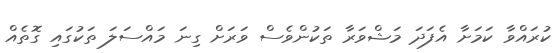
ކުރައްވާ ކަމަށާ އެފަދަ މަޝްވަރާ ތަކުންވެސް ވަރަށް ގިނަ މައްސަލަ ތަކުގައި ގޮތެއް